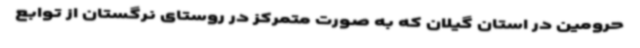
حرومین در استان گیلان که به صورت متمرکز در روستای نرگستان از توابع